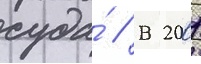
суда́ // В 2001